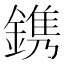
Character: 鎸